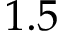
1 . 5